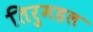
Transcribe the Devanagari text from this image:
तिरुमहल